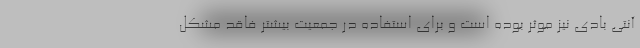
آنتی بادی نیز موثر بوده است و برای استفاده در جمعیت بیشتر فاقد مشکل